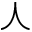
\curlywedge